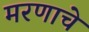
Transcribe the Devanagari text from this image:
मरणाचे